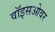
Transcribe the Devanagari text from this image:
वॉइसओवर